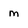
Character: m